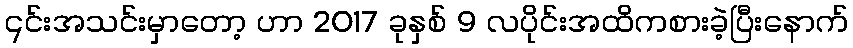
၎င်းအသင်းမှာတော့ ဟာ 2017 ခုနှစ် 9 လပိုင်းအထိကစားခဲ့ပြီးနောက်